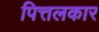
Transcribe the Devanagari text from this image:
पित्तलकार